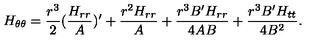
{ H } _ { \theta \theta } = { \frac { { r } ^ { 3 } } { 2 } } ( { \frac { { H } _ { r r } } { A } } ) ^ { \prime } + { \frac { { r } ^ { 2 } { H } _ { r r } } { A } } + { \frac { { r } ^ { 3 } B ^ { \prime } { H } _ { r r } } { 4 A B } } + { \frac { { r } ^ { 3 } B ^ { \prime } { H } _ { t t } } { 4 { B } ^ { 2 } } } .